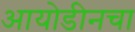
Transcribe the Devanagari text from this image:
आयोडीनचा